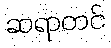
ဆရာတင်